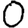
Digit: 0